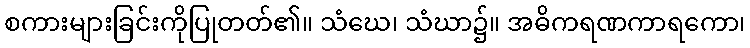
စကားများခြင်းကိုပြုတတ်၏။ သံဃေ၊ သံဃာ၌။ အဓိကရဏကာရကော၊